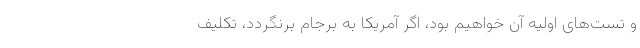
و تست‌های اولیه آن خواهیم بود، اگر آمریکا به برجام برنگردد، تکلیف